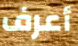
أعرف